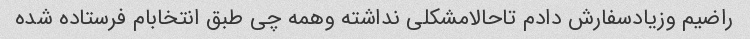
راضیم وزیادسفارش دادم تاحالامشکلی نداشته وهمه چی طبق انتخابام فرستاده شده